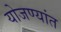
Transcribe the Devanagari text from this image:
योजण्यांत